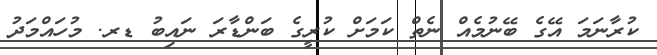
ކުރާނަމަ އޭގެ ބޭނުމެއް ނެތް ކަމަށް ކުރީގެ ބަންޑާރަ ނައިބު ޑރ. މުހައްމަދު